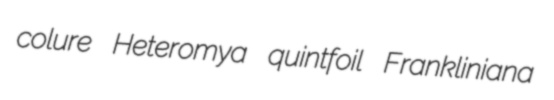
colure Heteromya quintfoil Frankliniana